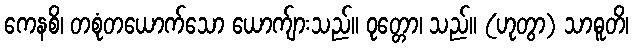
ကေနစိ၊ တစုံတယောက်သော ယောက်ျားသည်။ ဝုတ္တော၊ သည်။ (ဟုတွာ) သာဓူတိ၊